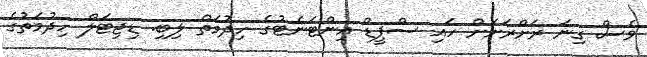
ވެސް ގިނަ ރަށްރަށަށް ހައި ސްޕީޑް އިންޓަނެޓުގެ ހިދުމަތް ލިބި. ޑިޖިޓަލް ހިދުމަތުގެ